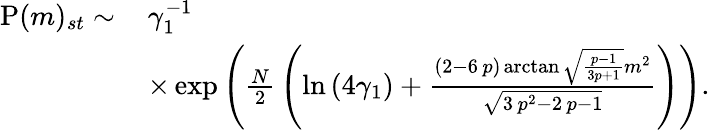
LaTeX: \begin{array}{rl}{\mathrm{P}(m)_{st}\sim\, }&{\gamma_{1}^{-1}}\\ &{\times\exp\left(\frac{N}{2}\, \left(\ln\left(4\gamma_{1}\right)+\frac{\left(2-6\, p\right)\arctan\sqrt{\frac{p-1}{3p+1}}m^{2}}{\sqrt{3\, p^{2}-2\, p-1}}\right)\right).}\end{array}